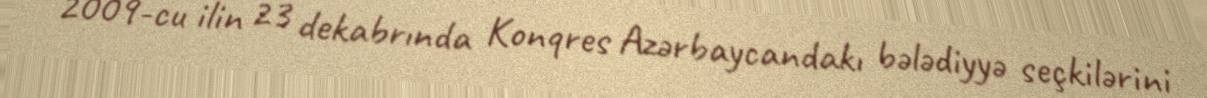
2009-cu ilin 23 dekabrında Konqres Azərbaycandakı bələdiyyə seçkilərini